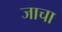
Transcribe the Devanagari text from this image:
जाचा